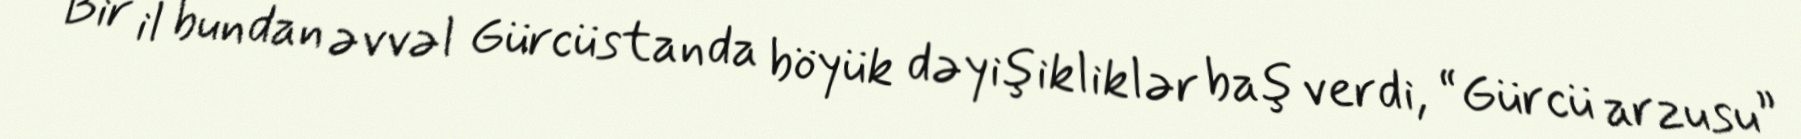
Bir il bundan əvvəl Gürcüstanda böyük dəyişikliklər baş verdi, “Gürcü arzusu”